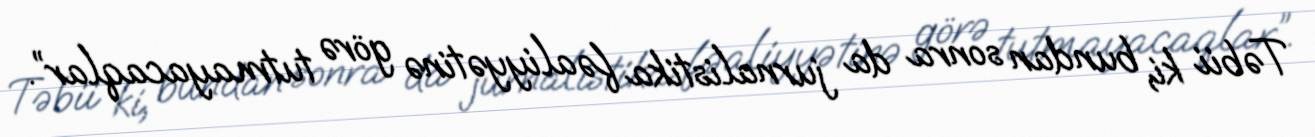
Təbii ki, bundan sonra da jurnalistika fəaliyyətinə görə tutmayacaqlar”.